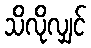
သိလိုလျှင်